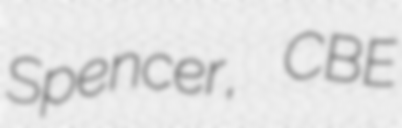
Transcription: Spencer, CBE